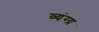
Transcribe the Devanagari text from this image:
व्यंग्य़